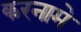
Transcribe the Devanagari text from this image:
करनामे